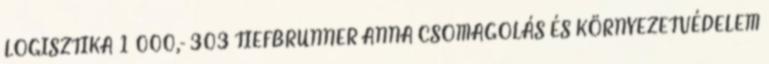
LOGISZTIKA 1 000,- 303 TIEFBRUNNER ANNA CSOMAGOLÁS ÉS KÖRNYEZETVÉDELEM